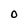
Character: O